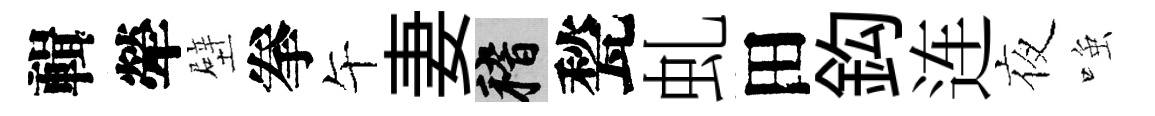
輯犖壁拳午妻稽甃虬田鈎连夜𫪻